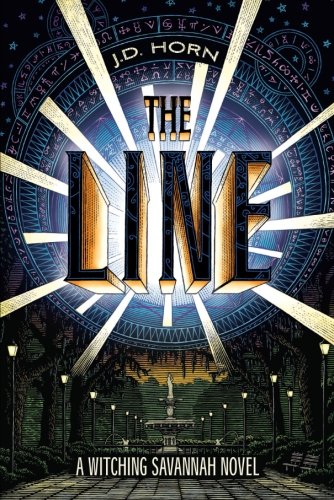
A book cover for The Line (Witching Savannah); J.D. Horn; Romance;